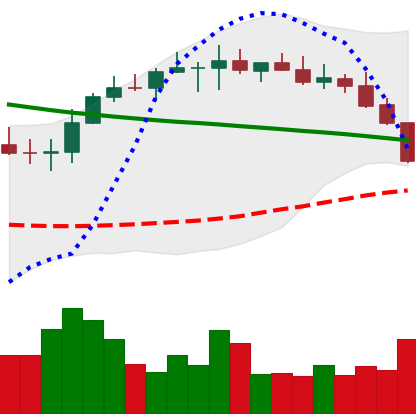
Ticker: BNB-USD
Chart end date: 2022-08-19
Forward return: 5.981%
Label: up_5_7